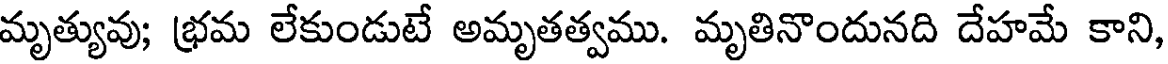
మృత్యువు; భ్రమ లేకుండుటే అమృతత్వము. మృతినొందునది దేహమే కాని,